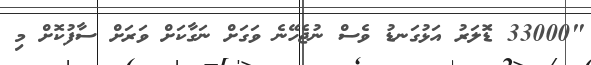
"33000 ޑޮަލަރު އަޅުގަނޑު ވެސް ނުޖެހޭނެ ވަގަށް ނަގާކަށް ވަަރަށް ސާފުކޮށް މި